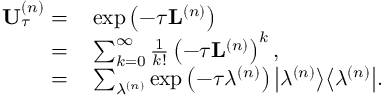
\begin{array} { r l } { \mathbf { U } _ { \tau } ^ { \left( n \right) } = } & { { } \exp \left( - \tau \mathbf { L } ^ { \left( n \right) } \right) } \\ { = } & { { } \sum _ { k = 0 } ^ { \infty } \frac { 1 } { k ! } \left( - \tau \mathbf { L } ^ { \left( n \right) } \right) ^ { k } , } \\ { = } & { { } \sum _ { \lambda ^ { \left( n \right) } } \exp \left( - \tau \lambda ^ { \left( n \right) } \right) \big \vert \lambda ^ { \left( n \right) } \big \rangle \big \langle \lambda ^ { \left( n \right) } \big \vert . } \end{array}